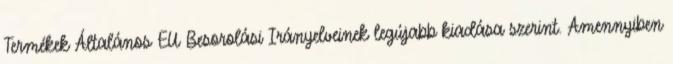
Termékek Általános EU Besorolási Irányelveinek legújabb kiadása szerint. Amennyiben